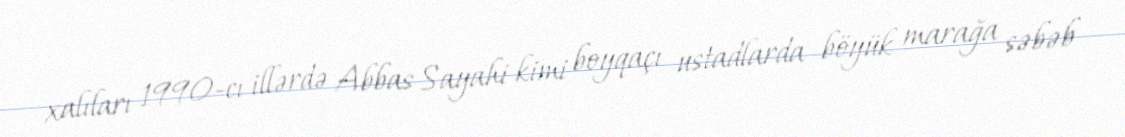
xalıları 1990-cı illərdə Abbas Sayahi kimi boyqaçı ustadlarda böyük marağa səbəb